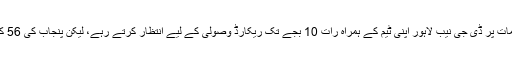
ترجمان نیب لاہور کے مطابق سپریم کورٹ کےاحکامات پر ڈی جی نیب لاہور اپنی ٹیم کے ہمراہ رات 10 بجے تک ریکارڈ وصولی کے لیے انتظار کرتے رہے، لیکن پنجاب کی 56 کمپنیوں میں سے 17نے کوئی ریکارڈ جمع نہیں کرایا۔